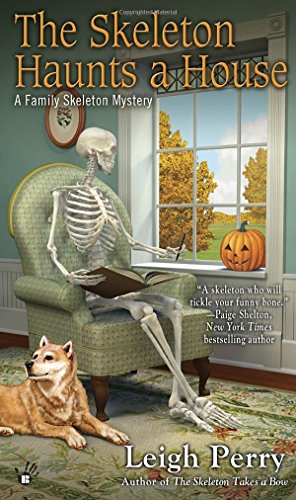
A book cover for The Skeleton Haunts a House (A Family Skeleton Mystery); Leigh Perry; Mystery, Thriller & Suspense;